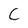
Character: C